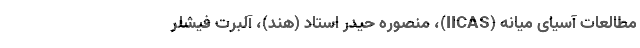
مطالعات آسیای میانه (IICAS)، منصوره حیدر استاد (هند)، آلبرت فیشلر